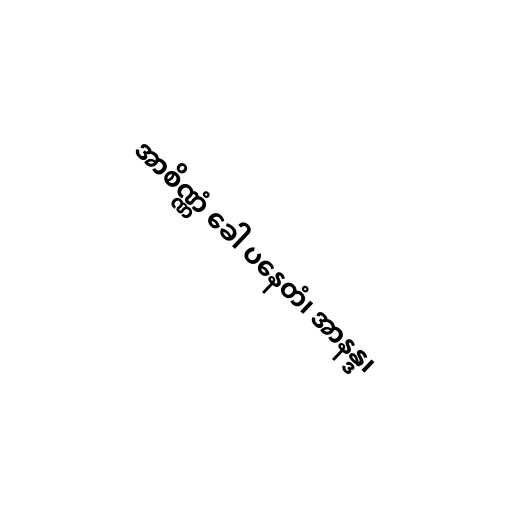
အာစိဏ္ဏံ ခေါ ပနေတံ၊ အာနန္ဒ၊